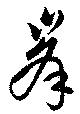
峯